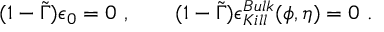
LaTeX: ( 1 - \tilde { \Gamma } ) \epsilon _ { 0 } = 0 \ , \qquad ( 1 - \tilde { \Gamma } ) \epsilon _ { K i l l } ^ { B u l k } ( \phi , \eta ) = 0 \ .